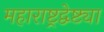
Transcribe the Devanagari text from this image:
महाराष्ट्रद्वेष्ट्या